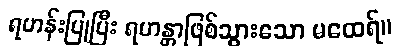
ရဟန်းပြုပြီး ရဟန္တာဖြစ်သွားသော မထေရ်။